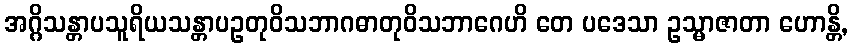
အဂ္ဂိသန္တာပသူရိယသန္တာပဥတုဝိသဘာဂဓာတုဝိသဘာဂေဟိ တေ ပဒေသာ ဥသ္မာဇာတာ ဟောန္တိ,